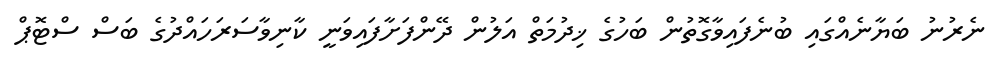
ނެރުނު ބަޔާނެއްގައި ބުނެފައިވާގޮތުން ބަހުގެ ޚިދުމަތް އަލުން ދޭންފަށާފައިވަނީ ކާނިވާސަރަހައްދުގެ ބަސް ސްޓޮޕް